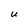
Character: U